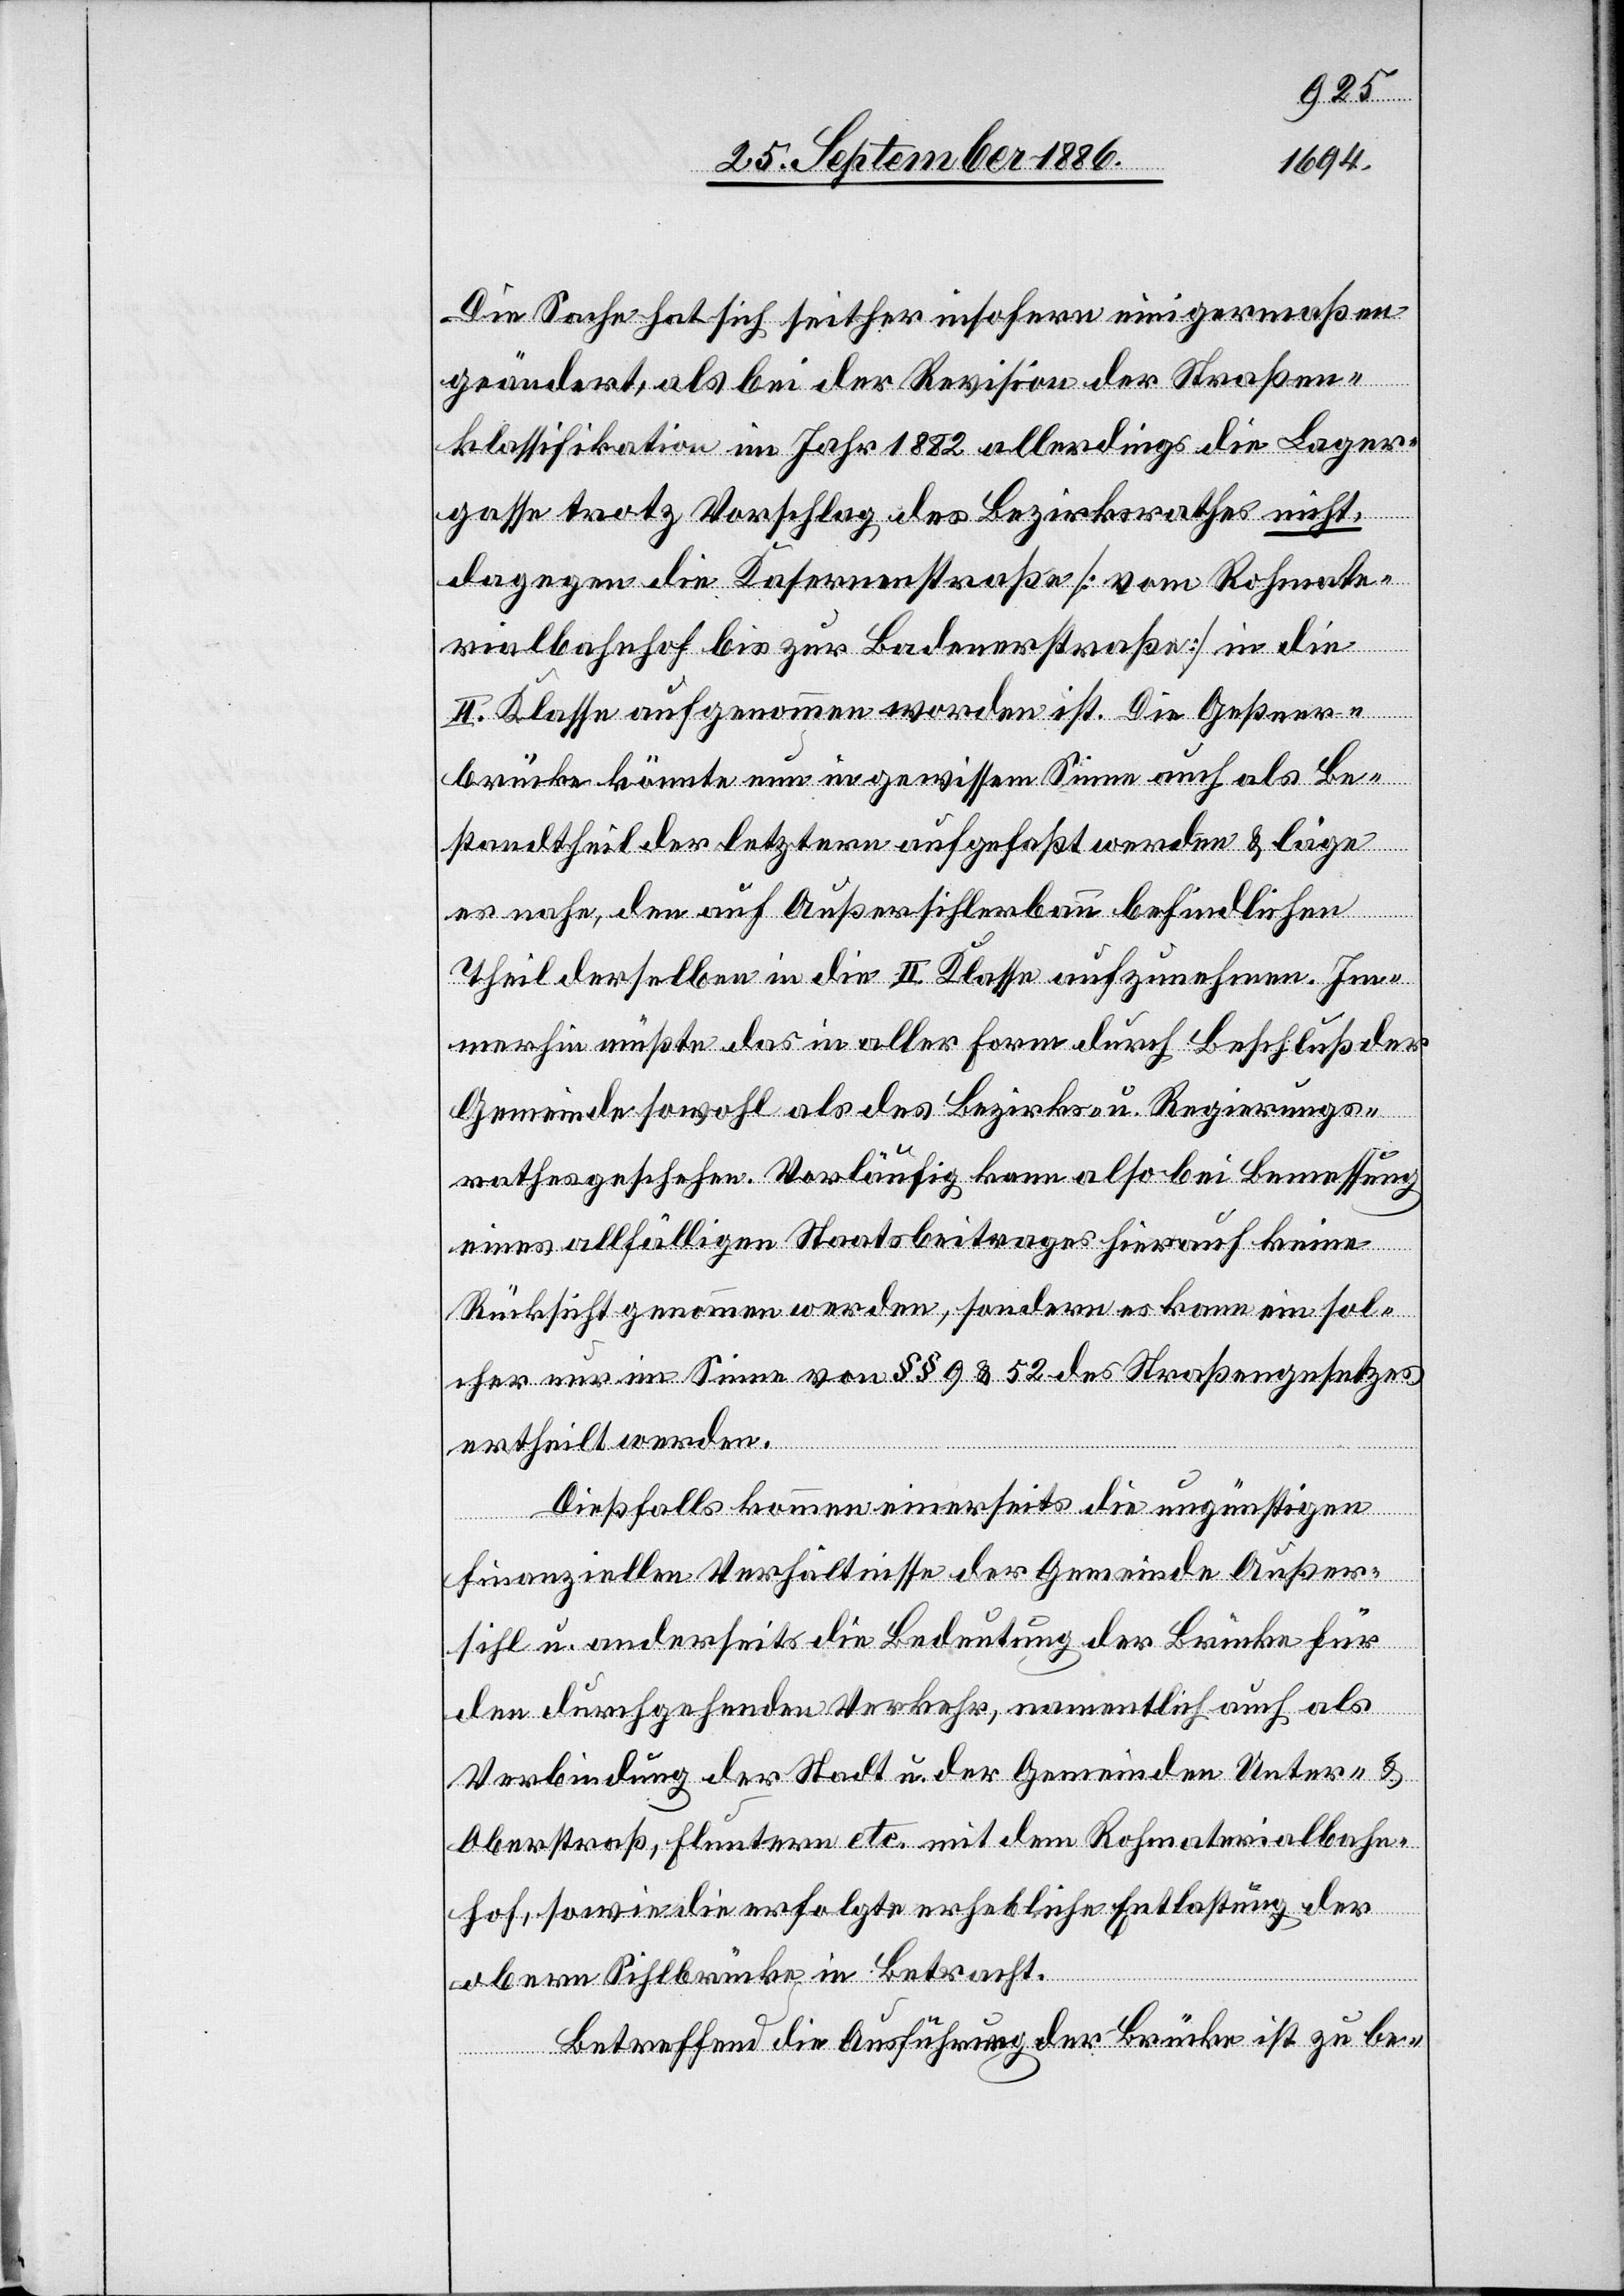
Die Sache hat sich seither insofern einigermaßen
geändert, als bei der Revision der Straßen¬
klassifikation im Jahr 1882 allerdings die Lager¬
gasse trotz Vorschlag des Bezirksrathes nicht,
dagegen die Kasernenstraße [vom Rohmate¬
rialbahnhof bis zur Badenerstraße] in die
II. Klasse aufgenommen worden ist. Die Geßner¬
brücke könnte nun in gewissem Sinne auch als Be¬
standtheil der letztern aufgefaßt werden & läge
es nahe, den auf Außersihlerbann befindlichen
Theil derselben in die II. Klasse aufzunehmen. Im¬
merhin müßte das in aller Form durch Beschluß der
Gemeinde sowohl als des Bezirks- u. Regierungs¬
rathes geschehen. Vorläufig kann also bei Bemessung
eines allfälligen Staatsbeitrages hierauf keine
Rücksicht genommen werden, sondern es kann ein sol¬
cher nur im Sinne von §§ 9 & 52 des Straßengesetzes
ertheilt werden.
Dießfalls kommen einerseits die ungünstigen
finanziellen Verhältnisse der Gemeinde Außer¬
sihl u. anderseits die Bedeutung der Brücke für
den durchgehenden Verkehr, namentlich auch als
Verbindung der Stadt u. der Gemeinden Unter- &
Oberstraß, Fluntern etc. mit dem Rohmaterialbahn¬
hof, sowie die erfolgte erhebliche Entlastung der
obern Sihlbrücke in Betracht.
Betreffend die Ausführung der Brücke ist zu be-